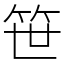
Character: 笹